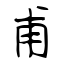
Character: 甫